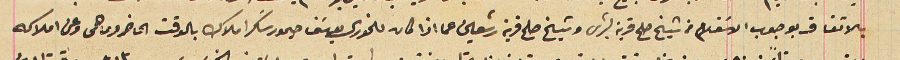
بالاتفاق بوجوب الاسَتعلام من شيخ صلح قرية بشرى وشيخ صلح قرية رشعين عما اذا كان للخورى يوسَف حيمور سَكر املاك بالوقت الحاضر وما هى وعن املاكه